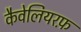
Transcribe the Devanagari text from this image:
कैवेलियरफ़